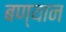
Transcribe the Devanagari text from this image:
बण्यान